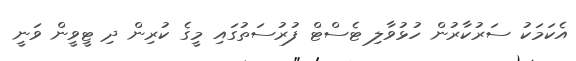
އެކަމަކު ސަރުކާރުން ހުޅުވާލި ޓެސްޓް ފުރުސަތުގައި މީގެ ކުރިން ދި ޓީވީން ވަނީ